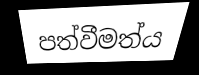
පත්වීමත්ය